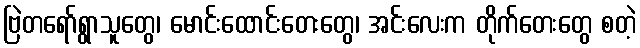
ဗြဲတရော်ရွာသူတွေ၊ မောင်းထောင်းတေးတွေ၊ အင်းလေးက တိုက်တေးတွေ စတဲ့